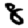
Digit: 8